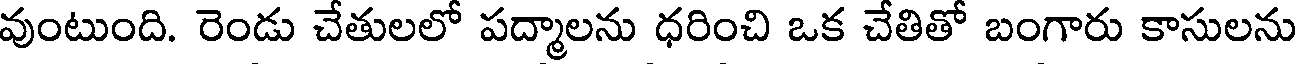
వుంటుంది. రెండు చేతులలో పద్మాలను ధరించి ఒక చేతితో బంగారు కాసులను